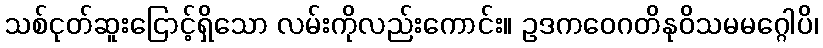
သစ်ငုတ်ဆူးငြောင့်ရှိသော လမ်းကိုလည်းကောင်း။ ဥဒကဝေဂတိနုဝိသမမဂ္ဂေါပိ၊